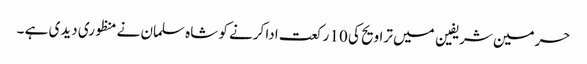
حرمین شریفین میں تراویح کی 10 رکعت ادا کرنے کو شاہ سلمان نے منظوری دیدی ہے ۔